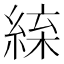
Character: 𦁛